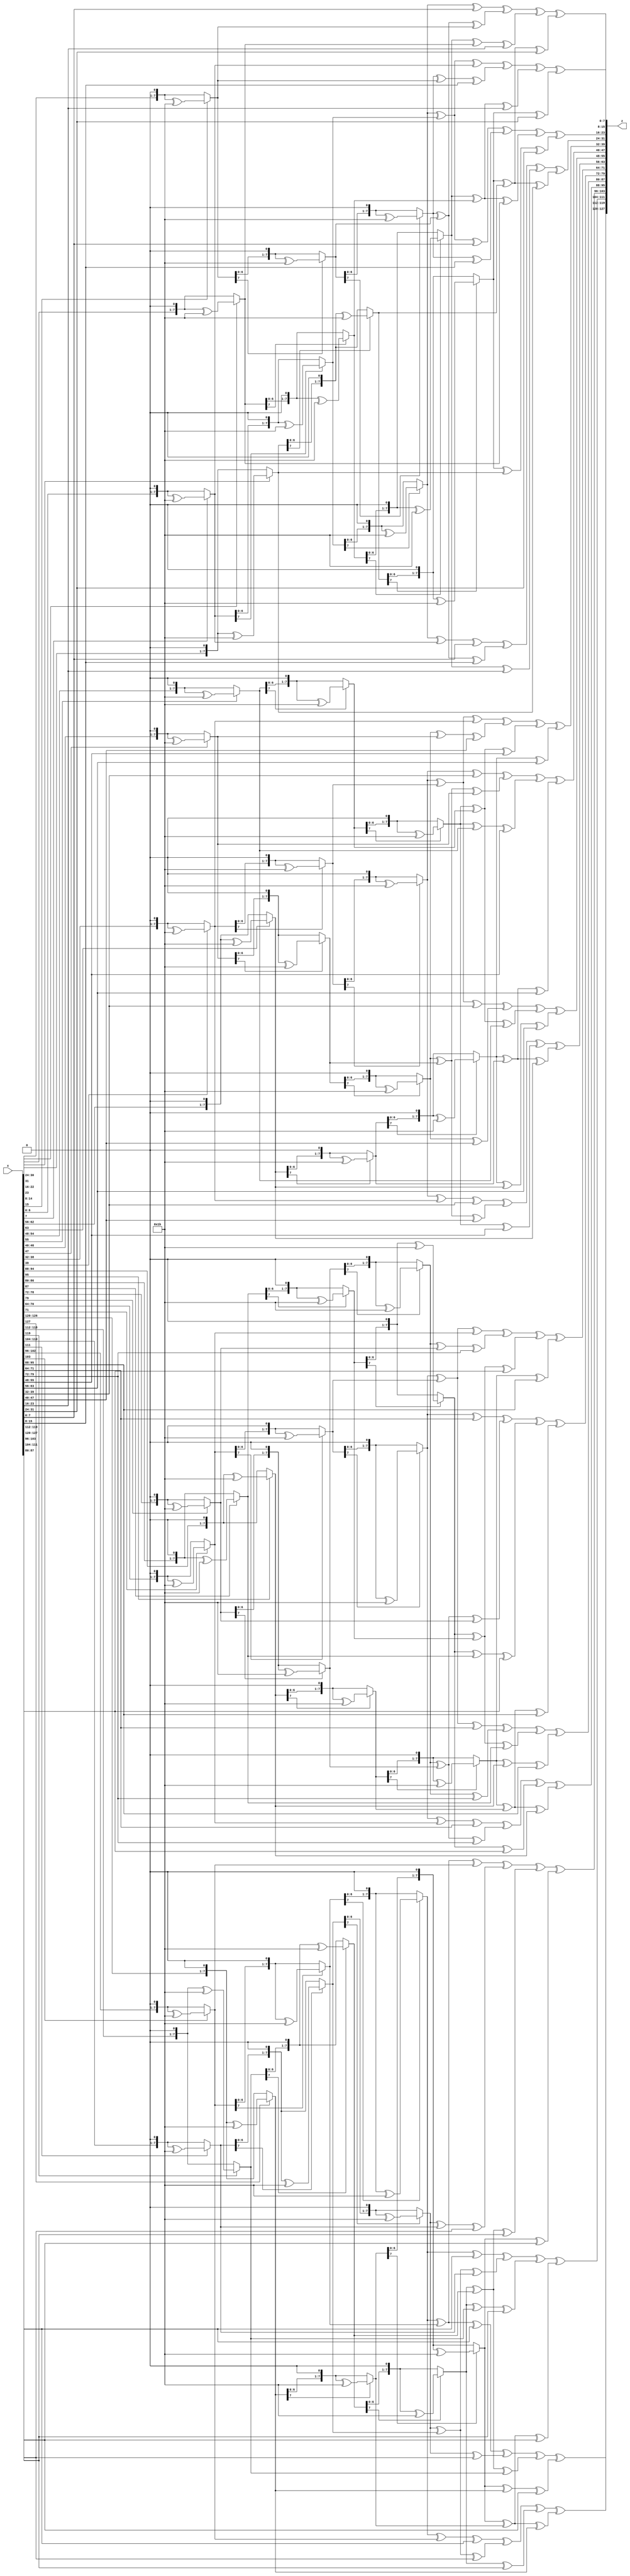
// https://github.com/michaelehab/AES-Verilog/blob/main/inverseMixColumns.v
module inverseMixColumns(x,z);
input [0:127] x;
output [0:127] z;

/*
Multiplication by 2 can be implemented at the byte level as a left shift and a subsequent
conditional bitwise XOR with {1b},where bitwise xor with {1b} is done if x[7]= 1.
Multiplication by higher powers of x can be implemented by repeated application of multiplication by 2.
*/

//This function multiply by {02} n-times
function[7:0] multiply(input [7:0]x,input integer n);
integer i;
begin
	for(i=0;i<n;i=i+1)begin
		if(x[7] == 1) x = ((x << 1) ^ 8'h1b);
		else x = x << 1; 
	end
	multiply=x;
end

endfunction


/* 
	Multiply by {0e} is done by :
	(multiplying by {02} 3 times which is equivalent to multiplication by {08}) xor
	(multiplying by {02} 2 times which is equivalent to multiplication by {04}) xor
	(multiplying by {02})
	so that 8+4+2= e. where xor is the addition of elements in finite fields
*/
function [7:0] mb0e; //multiply by {0e}
input [7:0] x;
begin
	mb0e=multiply(x,3) ^ multiply(x,2)^ multiply(x,1);
end
endfunction

/* 
	Multiply by {0d} is done by :
	(multiplying by {02} 3 times which is equivalent to multiplication by {08}) xor
	(multiplying by {02} 2 times which is equivalent to multiplication by {04}) xor
	(the original x)
	so that 8+4+1= d. where xor is the addition of elements in finite fields
*/
function [7:0] mb0d; //multiply by {0d}
input [7:0] x;
begin
	mb0d=multiply(x,3) ^ multiply(x,2)^ x;
end
endfunction


/* 
	Multiply by {0b} is done by :
	(multiplying by {02} 3 times which is equivalent to multiplication by {08}) xor
	(multiplying by {02}) xor (the original x)
	so that 8+2+1= b. where xor is the addition of elements in finite fields
*/

function [7:0] mb0b;  //multiply by {0b}
input [7:0] x;
begin
	mb0b=multiply(x,3) ^ multiply(x,1)^ x;
end
endfunction
/* 
	Multiply by {09} is done by :
	(multiplying by {02} 3 times which is equivalent to multiplication by {08}) xor (the original x)
	so that 8+1= 9. where xor is the addition of elements in finite fields
*/

function [7:0] mb09; //multiply by {09}
input [7:0] x;
begin
	mb09=multiply(x,3) ^  x;
end
endfunction

genvar i;

generate 
for(i=0;i< 4;i=i+1) begin : m_col

	assign z[(i*32 + 24)+:8]= mb0e(x[(i*32 + 24)+:8]) ^ mb0b(x[(i*32 + 16)+:8]) ^ mb0d(x[(i*32 + 8)+:8]) ^ mb09(x[i*32+:8]);
	assign z[(i*32 + 16)+:8]= mb09(x[(i*32 + 24)+:8]) ^ mb0e(x[(i*32 + 16)+:8]) ^ mb0b(x[(i*32 + 8)+:8]) ^ mb0d(x[i*32+:8]);
	assign z[(i*32 + 8)+:8]= mb0d(x[(i*32 + 24)+:8]) ^ mb09(x[(i*32 + 16)+:8]) ^ mb0e(x[(i*32 + 8)+:8]) ^ mb0b(x[i*32+:8]);
   assign z[i*32+:8]= mb0b(x[(i*32 + 24)+:8]) ^ mb0d(x[(i*32 + 16)+:8]) ^ mb09(x[(i*32 + 8)+:8]) ^ mb0e(x[i*32+:8]);

end

endgenerate


endmodule